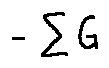
- \sum G